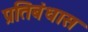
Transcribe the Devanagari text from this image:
प्रतिबंधास